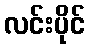
လင်းပိုင်